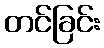
တင်ခြင်း